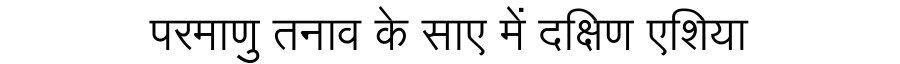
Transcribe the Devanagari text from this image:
परमाणु तनाव के साए में दक्षिण एशिया